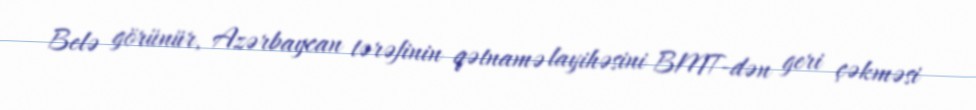
Belə görünür, Azərbaycan tərəfinin qətnamə layihəsini BMT-dən geri çəkməsi